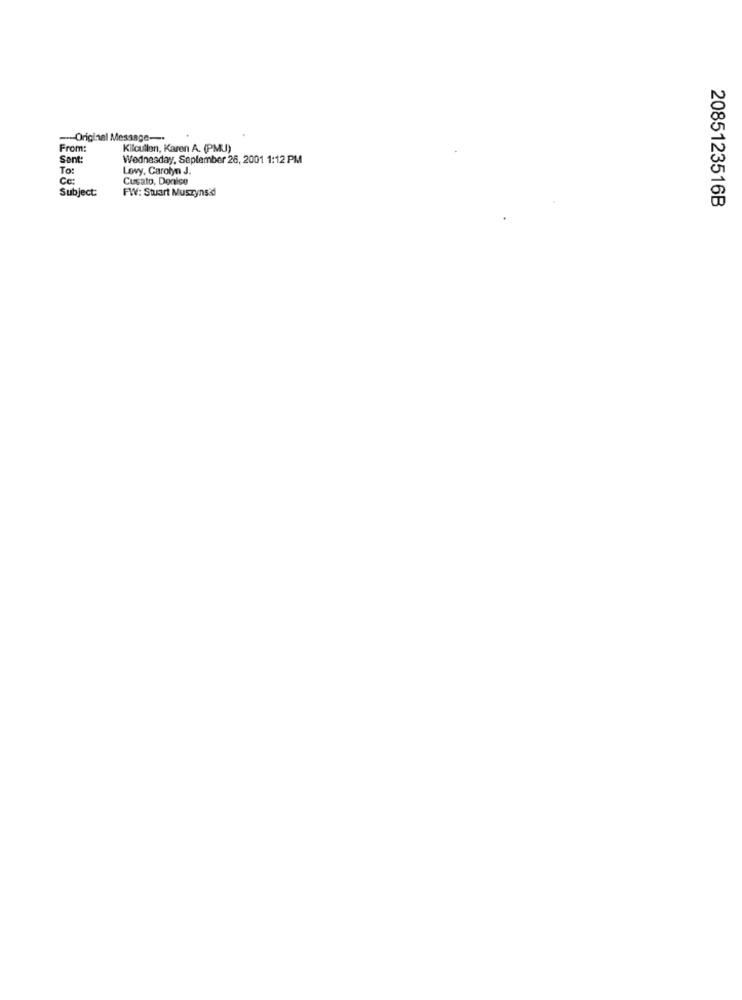
--- Original Message -.
From:
Kilcullen, Karen A. (PMU)
Sent:
Wednesday, September 26, 2001 1:12 PM
To:
Levy, Carolyn J.
Ce:
Cusato, Donice
Subject:
FWV: Stuart Muszyns&d
2085123516B